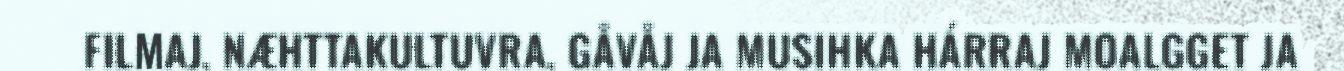
FILMAJ, NÆHTTAKULTUVRA, GÅVÅJ JA MUSIHKA HÁRRAJ MOALGGET JA